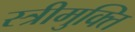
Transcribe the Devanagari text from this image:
स्त्रीमुक्ति